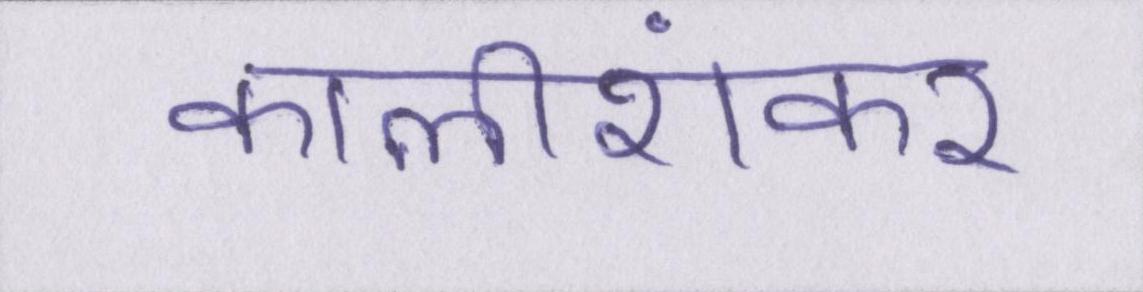
कालीशंकर